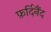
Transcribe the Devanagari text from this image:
फ़र्दिनैंद